Indian journal of veterinary science and animal husbandry - Volume 8,
Year: 1938
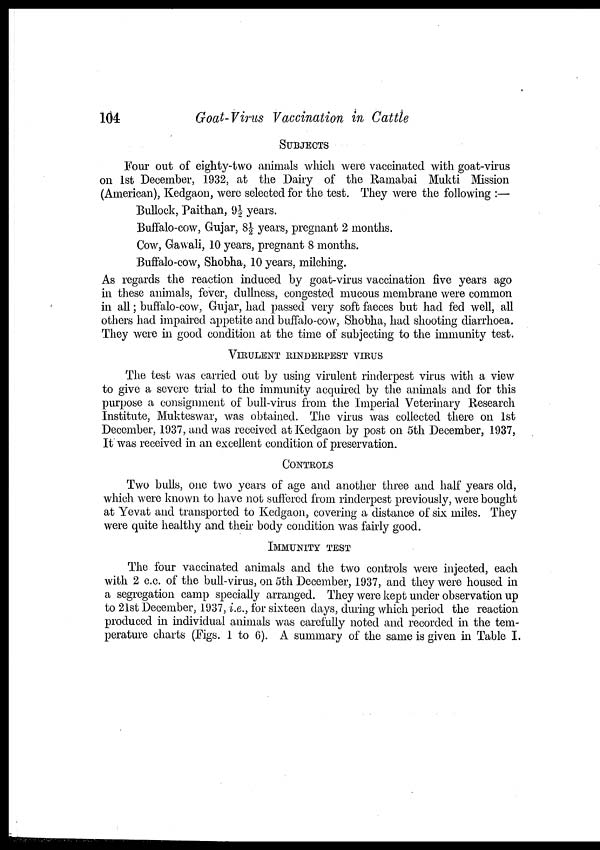
104
Goat-Virus Vaccination in Cattle
SUBJECTS
Four out of eighty-two animals which were vaccinated with goat-virus
on 1st December, 1932, at the Dairy of the Ramabai Mukti Mission
(American), Kedgaon, were selected for the test. They were the following :—
Bullock, Paithan, 9½ years.
Buffalo-cow, Gujar, 8½ years, pregnant 2 months.
Cow, Gawali, 10 years, pregnant 8 months.
Buffalo-cow, Shobha, 10 years, milching.
As regards the reaction induced by goat-virus vaccination five years ago
in these animals, fever, dullness, congested mucous membrane were common
in all; buffalo-cow, Gujar, had passed very soft faeces but had fed well, all
others had impaired appetite and buffalo-cow, Shobha, had shooting diarrhoea.
They were in good condition at the time of subjecting to the immunity test.
VIRULENT RINDERPEST VIRUS
The test was carried out by using virulent rinderpest virus with a view
to give a severe trial to the immunity acquired by the animals and for this
purpose a consignment of bull-virus from the Imperial Veterinary Research
Institute, Mukteswar, was obtained. The virus was collected there on 1st
December, 1937, and was received at Kedgaon by post on 5th December, 1937,
It was received in an excellent condition of preservation.
CONTROLS
Two bulls, one two years of age and another three and half years old,
which were known to have not suffered from rinderpest previously, were bought
at Yevat and transported to Kedgaon, covering a distance of six miles. They
were quite healthy and their body condition was fairly good.
IMMUNITY TEST
The four vaccinated animals and the two controls were injected, each
with 2 c.c. of the bull-virus, on 5th December, 1937, and they were housed in
a segregation camp specially arranged. They were kept under observation up
to 21st December, 1937, i.e., for sixteen days, during which period the reaction
produced in individual animals was carefully noted and recorded in the tem-
perature charts (Figs. 1 to 6). A summary of the same is given in Table I.